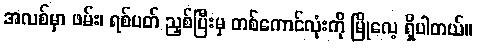
အလစ်မှာ ဖမ်း၊ ရစ်ပတ် ညှစ်ပြီးမှ တစ်ကောင်လုံးကို မြိုလေ့ ရှိပါတယ်။